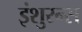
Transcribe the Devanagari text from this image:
इंशुरन्स